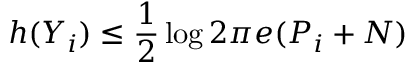
h ( Y _ { i } ) \leq { \frac { 1 } { 2 } } \log { 2 \pi e } ( P _ { i } + N ) \,